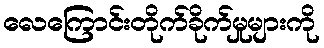
လေကြောင်းတိုက်ခိုက်မှုများကို